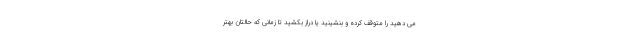
می دهید را متوقف کرده و بنشینید یا دراز بکشید تا زمانی که حالتان بهتر